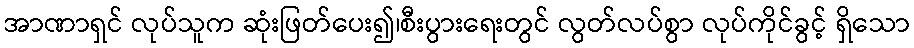
အာဏာရှင် လုပ်သူက ဆုံးဖြတ်ပေး၍၊စီးပွားရေးတွင် လွတ်လပ်စွာ လုပ်ကိုင်ခွင့် ရှိသော